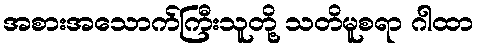
အစားအသောက်ကြီးသူတို့ သတိမူစရာ ဂါထာ